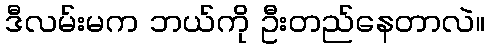
ဒီလမ်းမက ဘယ်ကို ဦးတည်နေတာလဲ။